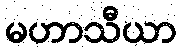
မဟာသီယာ